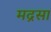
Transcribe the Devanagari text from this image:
मद्रसा